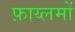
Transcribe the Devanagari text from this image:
फ़ाय्लमों